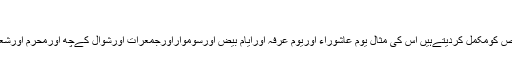
(1797)
اورنفلی روزے فرضی روزوں کےنقص کومکمل کردیتےہیں اس کی مثال یوم عاشوراء اوریوم عرفہ اورایام بیض اورسومواراورجمعرات اورشوال کےچھ اورمحرم اورشعبان میں کثرت سےروزے رکھناہیں ۔